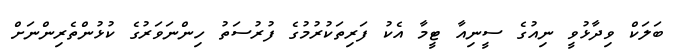
ބަލަކް ވިދާޅުވީ ނިއުގެ ސީނިއާ ޓީމާ އެކު ފަރިތަކުރުމުގެ ފުރުސަތު ހިންނަވަރުގެ ކުޅުންތެރިންނަށް